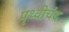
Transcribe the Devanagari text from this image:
पृथ्वीचंद